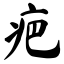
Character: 疤